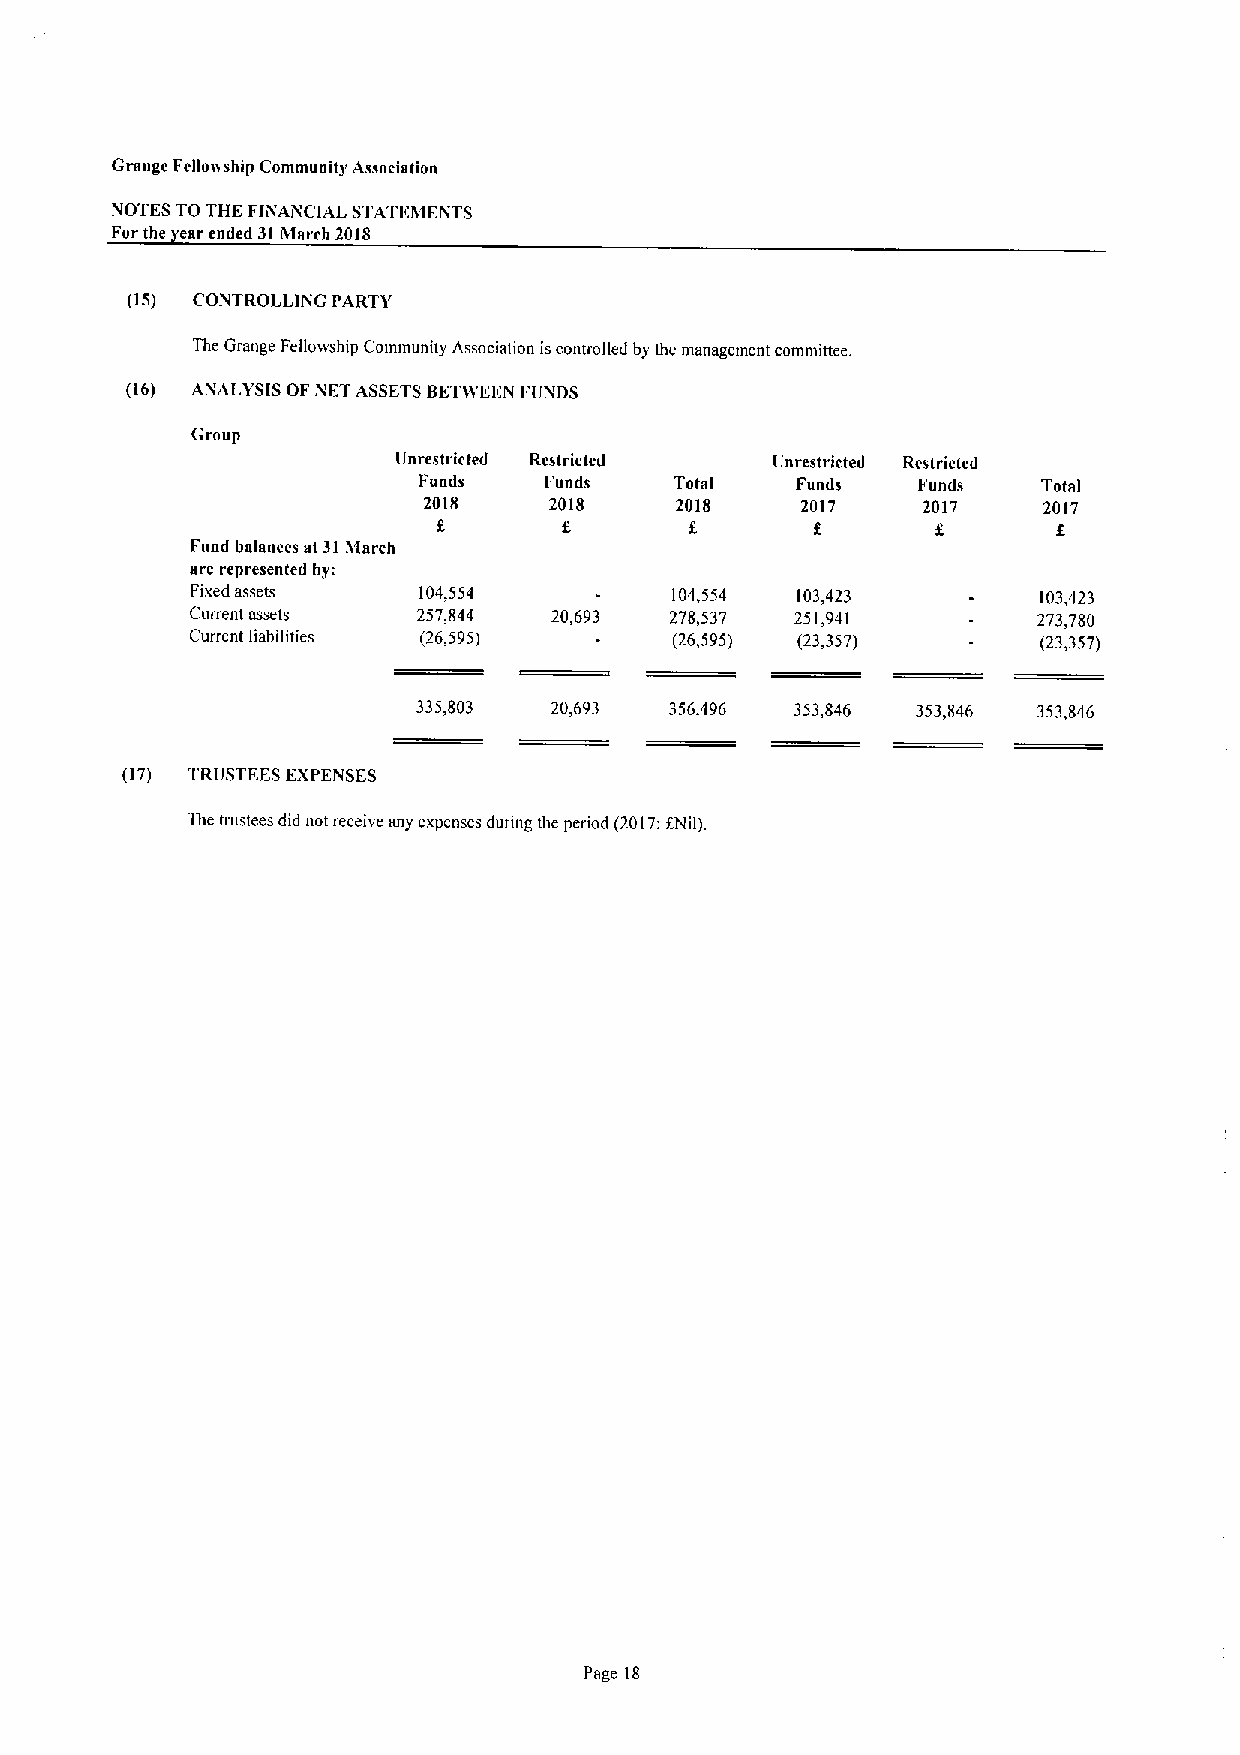
Grange Fcllovvship Community Association
 NOTES TOTHE FINAiNCIAL STATEhlENTS
 Forthe ear ended 31March 2018
 (15) CONTROLLING PARTY
 The Grange Fellowship Community Association iscontrolled by the management committee.
 (16) ANALYSIS OF NFT ASSETSBET(VEEN F(INDS
 Group
 Unrestricted Restricted  Unrestricted Restricted
 Fuads   Funds    Total   Funds   Funds   Total
 2018    2018     2018    2017    2017    2017
 f        f       f               f
 Fund balances at 3161arch
 arc represented by:
 Fixed assets   104,554         104,554  103,423         103,423
 Current assets 257,844 20,693  278,537  251,941         273,780
 Current liabilities (26,595)    (26,595) (23,357)       (23,357)
 335,803 20,693  356,496  353,846 353,846 353,846
 (17) TRUSTFES EXPENSES
 The trustees did not receive any expenses dunng the period (2017:fNil).
 Page 18